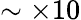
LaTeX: \sim\times 10